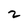
Character: 2